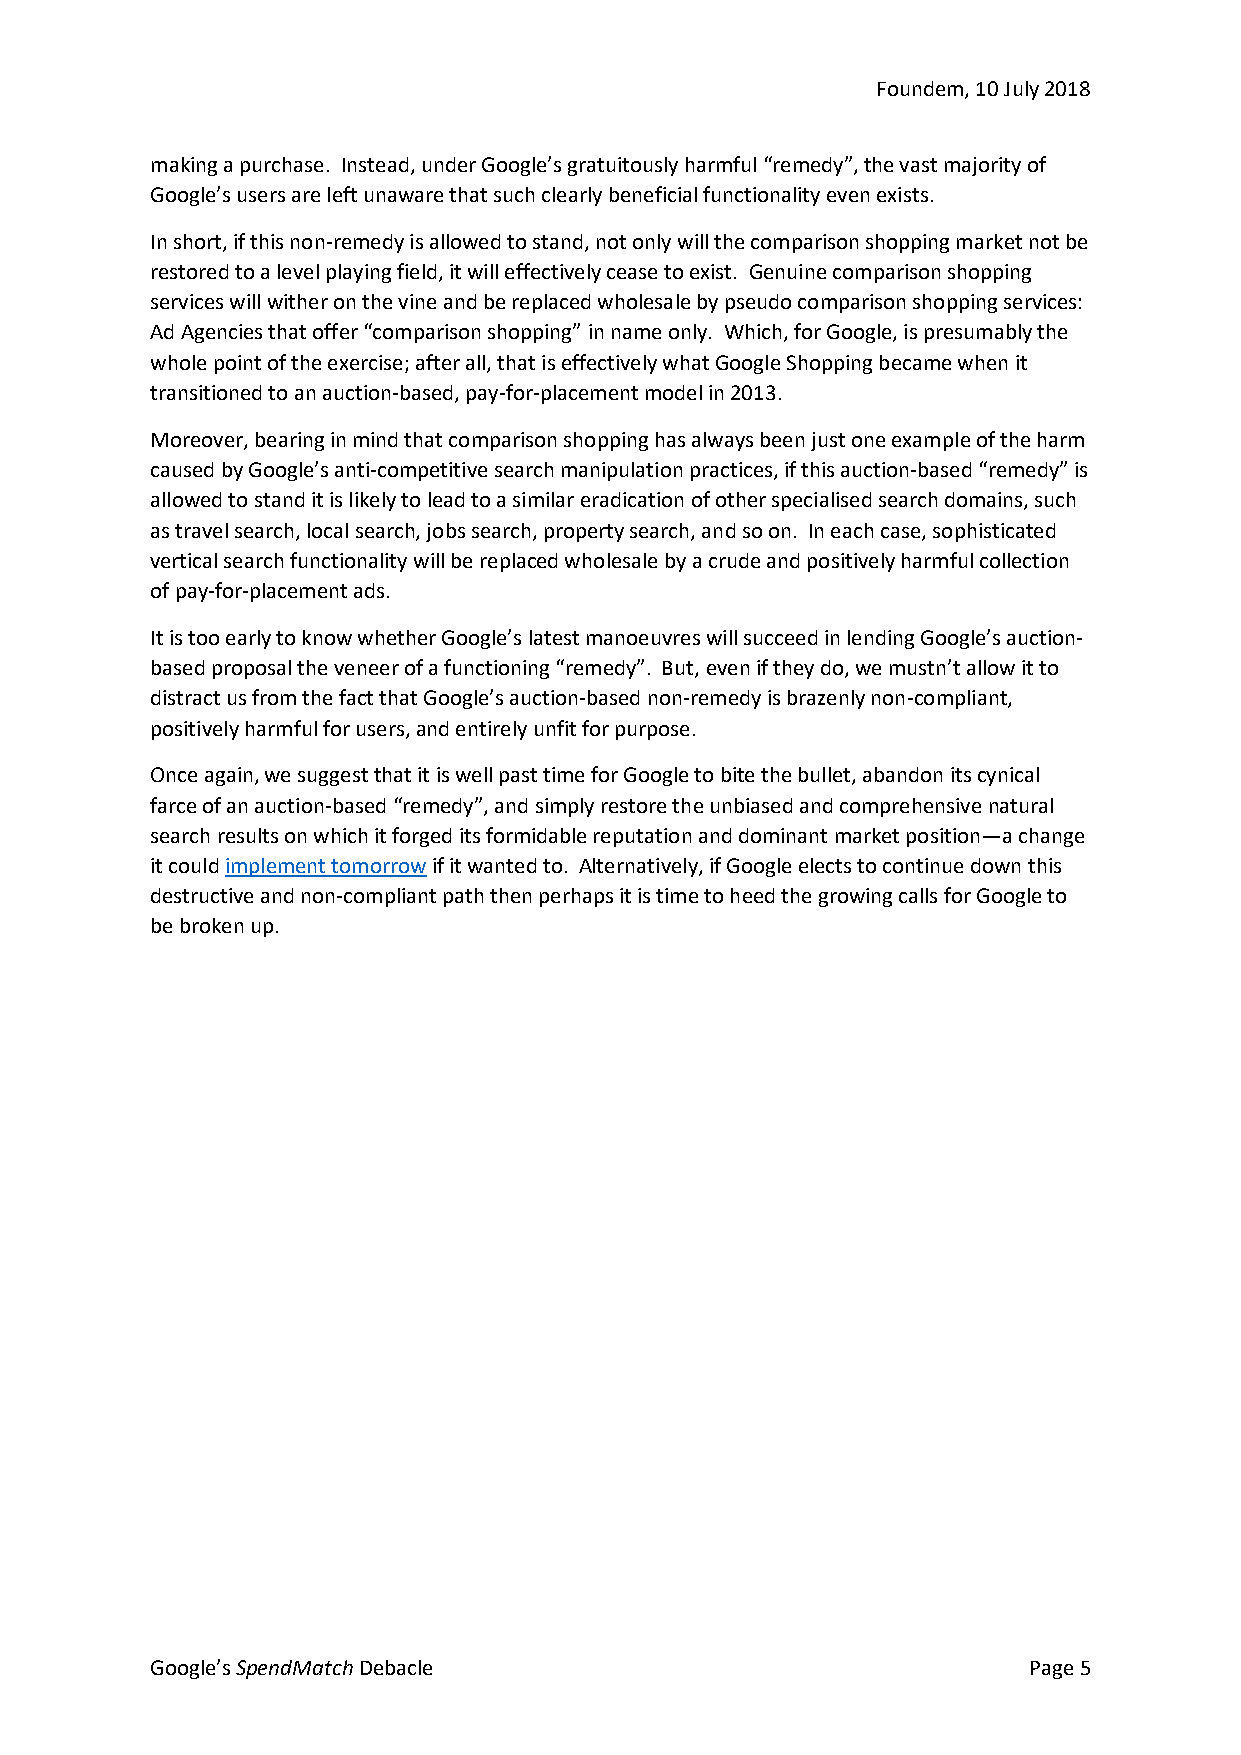
Foundem, 10 July 2018
 making a purchase. Instead, under Google’s gratuitously harmful “remedy”, the vast majority of
 Google’s users are left unaware that such clearly beneficial functionality even exists.
 In short, if this non-remedy is allowed to stand, not only will the comparison shopping market not be
 restored to a level playing field, it will effectively cease to exist. Genuine comparison shopping
 services will wither on the vine and be replaced wholesale by pseudo comparison shopping services:
 Ad Agencies that offer “comparison shopping” in name only. Which, for Google, is presumably the
 whole point of the exercise; after all, that is effectively what Google Shopping became when it
 transitioned to an auction-based, pay-for-placement model in 2013.
 Moreover, bearing in mind that comparison shopping has always been just one example of the harm
 caused by Google’s anti-competitive search manipulation practices, if this auction-based “remedy” is
 allowed to stand it is likely to lead to a similar eradication of other specialised search domains, such
 as travel search, local search, jobs search, property search, and so on. In each case, sophisticated
 vertical search functionality will be replaced wholesale by a crude and positively harmful collection
 of pay-for-placement ads.
 It is too early to know whether Google’s latest manoeuvres will succeed in lending Google’s auction-
 based proposal the veneer of a functioning “remedy”. But, even if they do, we mustn’t allow it to
 distract us from the fact that Google’s auction-based non-remedy is brazenly non-compliant,
 positively harmful for users, and entirely unfit for purpose.
 Once again, we suggest that it is well past time for Google to bite the bullet, abandon its cynical
 farce of an auction-based “remedy”, and simply restore the unbiased and comprehensive natural
 search results on which it forged its formidable reputation and dominant market position—a change
 it could implement tomorrow if it wanted to. Alternatively, if Google elects to continue down this
 destructive and non-compliant path then perhaps it is time to heed the growing calls for Google to
 be broken up.
 Google’s SpendMatch Debacle                               Page 5